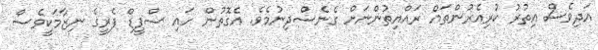
އަދިވެސް އިތުރު ކުރިއެރުންތައް ރައްޔިތުންނަށް ގެނެސްދިނުމެވެ. އެގޮތުން ހައި ސްޕީޑް ފެރީގެ ނިޒާމަކީވެސް